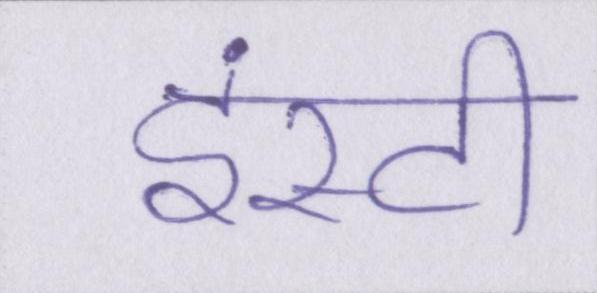
इंस्टी